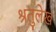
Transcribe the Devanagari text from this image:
श्रतुलेख